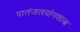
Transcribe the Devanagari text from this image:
पातंजलयोगशास्त्र